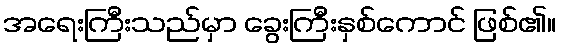
အရေးကြီးသည်မှာ ခွေးကြီးနှစ်ကောင် ဖြစ်၏။